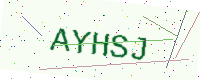
Text: AYHSJ